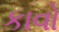
કાવો